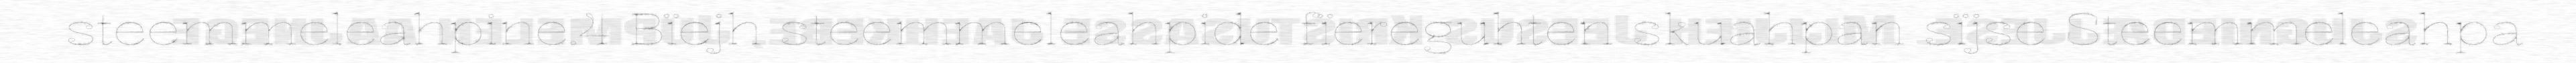
steemmeleahpine.4 Bïejh steemmeleahpide fïereguhten skuahpan sïjse Steemmeleahpa